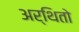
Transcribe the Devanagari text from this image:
अर्थितो